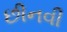
છીનવી